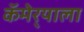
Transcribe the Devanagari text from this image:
कॅमेर्‍याला